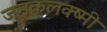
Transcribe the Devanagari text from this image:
जनकलक्ष्मी